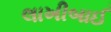
લાખીબાઈ